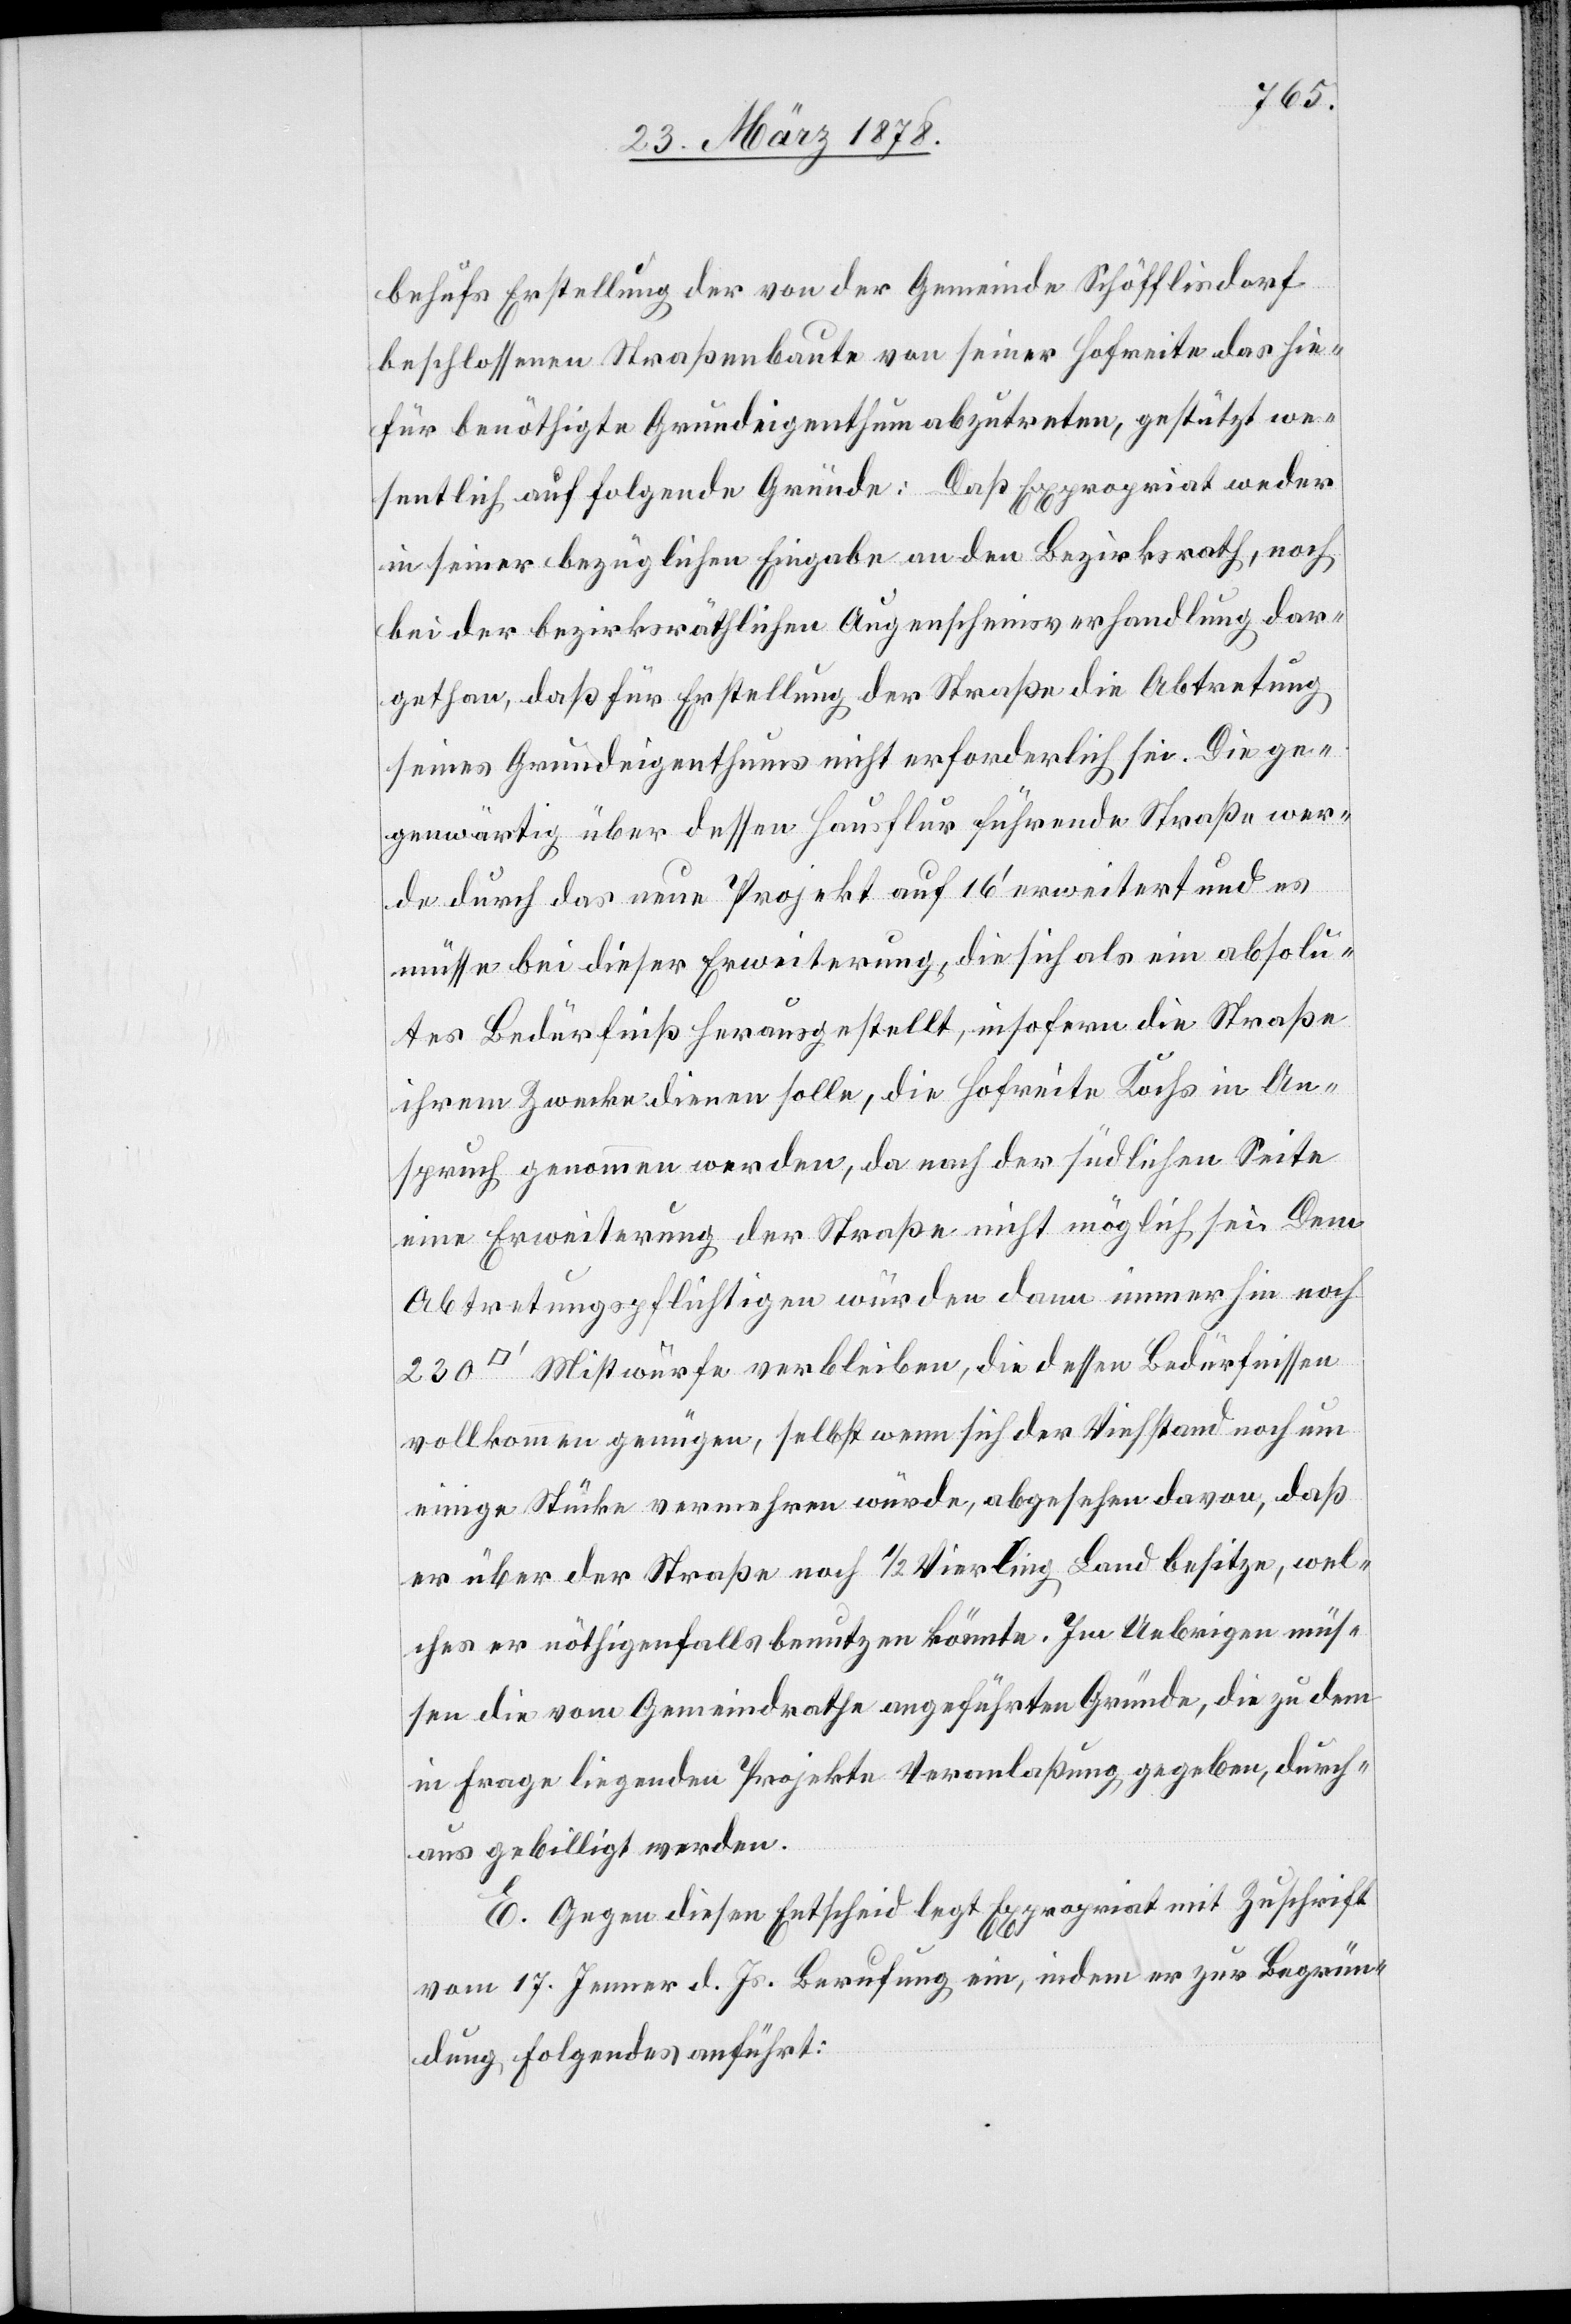
behufs Erstellung der von der Gemeinde Schöfflisdorf
beschlossenen Straßenbaute von seiner Hofreite das hie¬
für benöthigte Grundeigenthum abzutreten, gestützt we¬
sentlich auf folgende Gründe: Daß Expropriat weder
in seiner bezüglichen Eingabe an den Bezirksrath, noch
bei der bezirksräthlichen Augenscheinsverhandlung dar¬
gethan, daß für Erstellung der Straße die Abtretung
seines Grundeigenthums nicht erforderlich sei. Die ge¬
genwärtig über dessen Hausflur führende Straße wer¬
de durch das neue Projekt auf 16’ erweitert und es
müsse bei dieser Erweiterung, die sich als ein absolu¬
tes Bedürfniß herausgestellt, insofern die Straße
ihrem Zwecke dienen solle, die Hofreite Kochs in An¬
spruch genommen werden, da nach der südlichen Seite
eine Erweiterung der Straße nicht möglich sei. Dem
Abtretungspflichtigen würden dann immerhin noch
Mistwürfe verbleiben, die dessen Bedürfnissen
vollkommen genügen, selbst wenn sich der Viehstand noch um
einige Stücke vermehren würde, abgesehen davon, daß
er über der Straße noch 1/2 Vierling Land besitze, wel¬
ches er nöthigenfalls benutzen könnte. Im Uebrigen müs¬
sen die vom Gemeindrathe angeführten Gründe, die zu dem
in Frage liegenden Projekte Veranlaßung gegeben, durch¬
aus gebilligt werden.
E. Gegen diesen Entscheid legt Expropriat mit Zuschrift
vom 17. Jenner d. Js. ein, indem er zur Begrün¬
dung folgendes anführt: